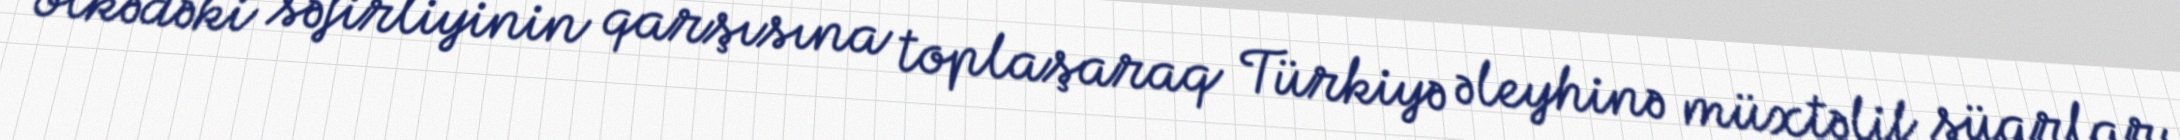
ölkədəki səfirliyinin qarşısına toplaşaraq Türkiyə əleyhinə müxtəlif şüarlar